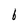
Character: 6